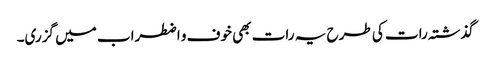
گذشتہ رات کی طرح یہ رات بھی خوف و اضطراب میں گزری۔